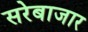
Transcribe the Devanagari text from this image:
सरेबाजार